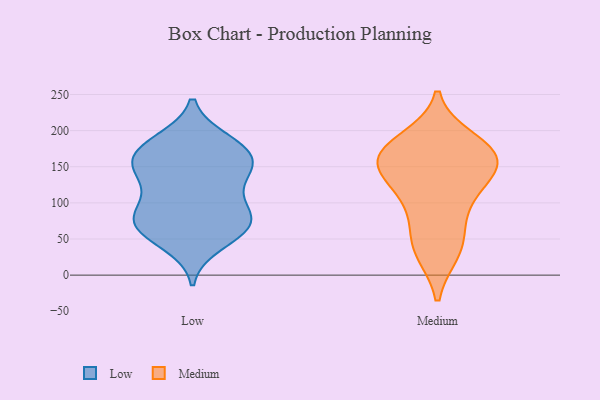
{"axis": {"x": "Shipments", "y": "Value"}, "legend": ["Low", "Medium"], "data": [{"x": "", "y": 76, "type": "Low"}, {"x": "", "y": 133, "type": "Low"}, {"x": "", "y": 153, "type": "Low"}, {"x": "", "y": 142, "type": "Low"}, {"x": "", "y": 69, "type": "Low"}, {"x": "", "y": 161, "type": "Low"}, {"x": "", "y": 92, "type": "Low"}, {"x": "", "y": 164, "type": "Low"}, {"x": "", "y": 43, "type": "Low"}, {"x": "", "y": 183, "type": "Low"}, {"x": "", "y": 83, "type": "Low"}, {"x": "", "y": 177, "type": "Low"}, {"x": "", "y": 61, "type": "Low"}, {"x": "", "y": 186, "type": "Low"}, {"x": "", "y": 78, "type": "Low"}, {"x": "", "y": 150, "type": "Low"}, {"x": "", "y": 112, "type": "Low"}, {"x": "", "y": 61, "type": "Low"}, {"x": "", "y": 187, "type": "Medium"}, {"x": "", "y": 33, "type": "Medium"}, {"x": "", "y": 171, "type": "Medium"}, {"x": "", "y": 157, "type": "Medium"}, {"x": "", "y": 147, "type": "Medium"}, {"x": "", "y": 86, "type": "Medium"}, {"x": "", "y": 116, "type": "Medium"}, {"x": "", "y": 171, "type": "Medium"}, {"x": "", "y": 155, "type": "Medium"}, {"x": "", "y": 55, "type": "Medium"}, {"x": "", "y": 148, "type": "Medium"}, {"x": "", "y": 32, "type": "Medium"}, {"x": "", "y": 176, "type": "Medium"}, {"x": "", "y": 114, "type": "Medium"}]}